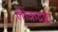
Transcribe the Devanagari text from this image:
लोकद्रष्टा